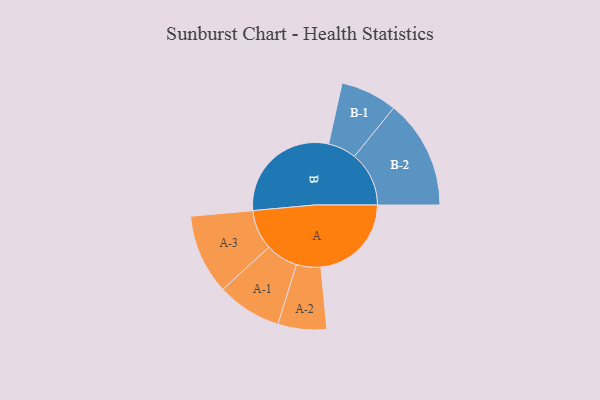
{"axis": {"x": "Segment", "y": "Value"}, "legend": ["", "A", "B"], "data": [{"x": "A", "y": 383, "type": ""}, {"x": "B", "y": 488, "type": ""}, {"x": "A-1", "y": 137, "type": "A"}, {"x": "A-2", "y": 103, "type": "A"}, {"x": "A-3", "y": 169, "type": "A"}, {"x": "B-1", "y": 120, "type": "B"}, {"x": "B-2", "y": 231, "type": "B"}]}